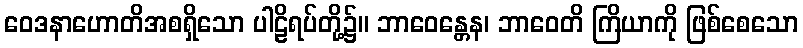
ဝေဒနာဟောတိအစရှိသော ပါဠိရပ်တို့၌။ ဘာဝေန္တေန၊ ဘာဝေတိ ကြိယာကို ဖြစ်စေသော